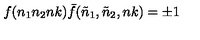
f ( n _ { 1 } n _ { 2 } n k ) { \bar { f } } ( { \tilde { n } } _ { 1 } , { \tilde { n } } _ { 2 } , n k ) = \pm 1